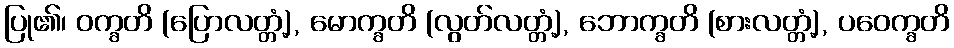
ပြု၏၊ ဝက္ခတိ (ပြောလတ္တံ့), မောက္ခတိ (လွတ်လတ္တံ့), ဘောက္ခတိ (စားလတ္တံ့), ပဝေက္ခတိ